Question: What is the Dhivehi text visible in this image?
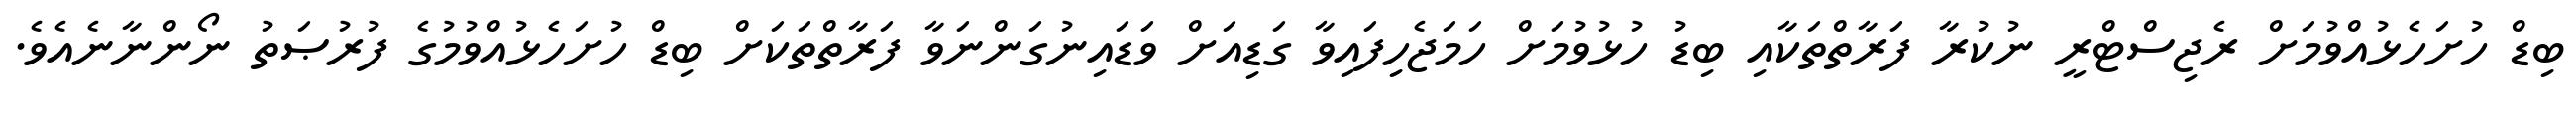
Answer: ބިޑް ހުށަހެޅުއްވުމަށް ރެޖިސްޓްރީ ނުކުރާ ފަރާތްތަކާއި ބިޑު ހުޅުވުމަށް ހަމަޖެހިފައިވާ ގަޑިއަށް ވަޑައިނުގަންނަވާ ފަރާތްތަކަށް ބިޑް ހުށަހެޅުއްވުމުގެ ފުރުޞަތު ނޯންނާނެއެވެ.